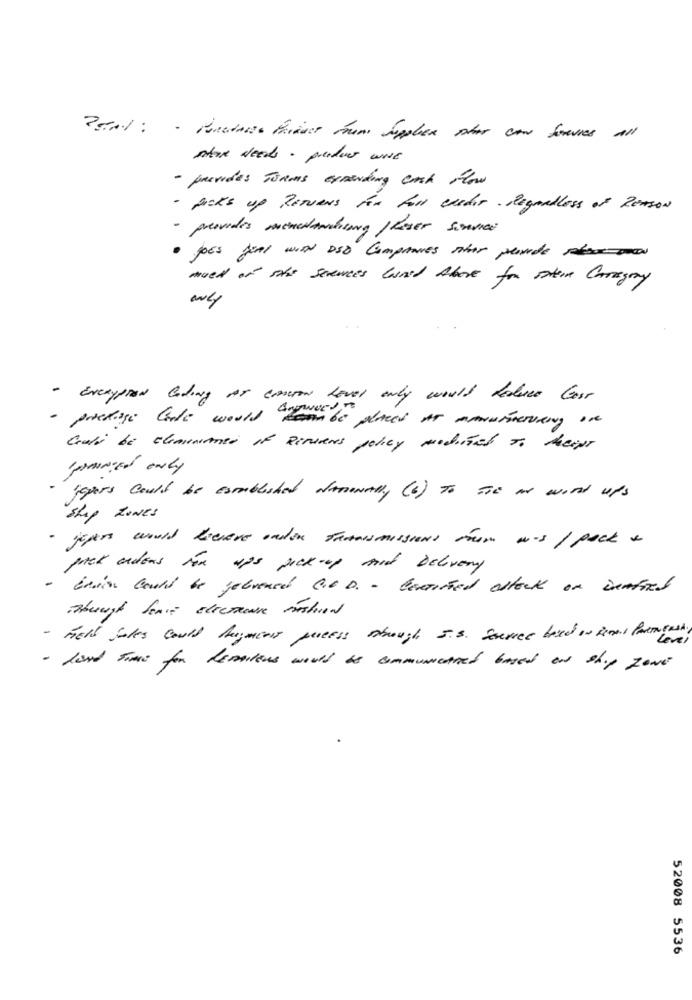
Potail : - Mineraiss Finest moms Supplier star con Sevres all
store Needs . product was
- provides Jonas expanding cash flow
- packs up RETURNS For Fall EREhur . Regardless of REASON
- provides schedamaking / laser samurai
· JOES JEAl with DSO Comprares stor perde sábado
moet of ste servees lared Above for ster Chragray
- EveryptEN Coding AS COTON LEvel only would Reduce Cost
- prestige Carte would arawest -
Gali be clementines It RETURNS policy modified To theist
springEd only
jepars could be Established NAnunAlly ( 6 ) To The a wish ups
ship ZONES
- jours would bevere onder fannsmissions From was / pack a
pick orders ton ups pick-up mod Delivery
- Enin could be gebrened GOD. - boxtried attack on innfred
tragt finis electruse moshed
- Field Sales could Augment process though I.S. source based in Real Parentes.
- land times for dematous would be communicated based on ship zowe
52008 5536